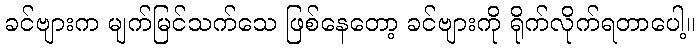
ခင်ဗျားက မျက်မြင်သက်သေ ဖြစ်နေတော့ ခင်ဗျားကို ရိုက်လိုက်ရတာပေါ့။